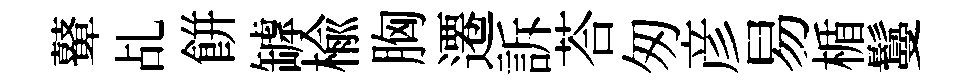
鼙乩餅罅楡胸遷訴荅匆彦易楯鬘